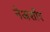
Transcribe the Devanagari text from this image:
नेअर्शोर